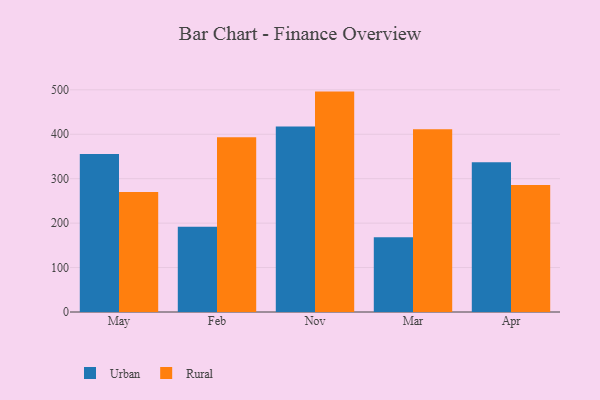
{"axis": {"x": "Month", "y": "Waste Production (Tons)"}, "legend": ["Rural", "Urban"], "data": [{"x": "May", "y": 355.3, "type": "Urban"}, {"x": "May", "y": 270.2, "type": "Rural"}, {"x": "Feb", "y": 191.6, "type": "Urban"}, {"x": "Feb", "y": 393.3, "type": "Rural"}, {"x": "Nov", "y": 417.2, "type": "Urban"}, {"x": "Nov", "y": 496.0, "type": "Rural"}, {"x": "Mar", "y": 168.1, "type": "Urban"}, {"x": "Mar", "y": 411.3, "type": "Rural"}, {"x": "Apr", "y": 337.2, "type": "Urban"}, {"x": "Apr", "y": 285.8, "type": "Rural"}]}